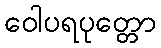
ဝေါပရပုတ္တော